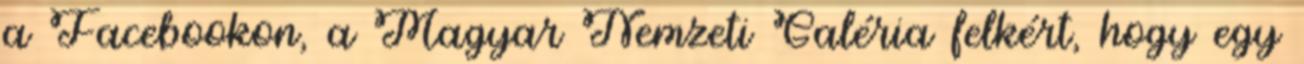
a Facebookon, a Magyar Nemzeti Galéria felkért, hogy egy